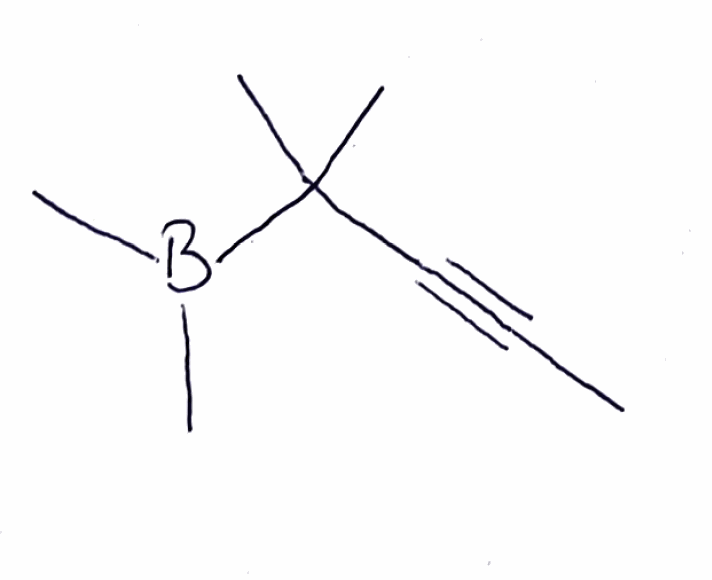
Simplified molecular-input line-entry system (SMILES) notation of the given molecule:
B(C)(C)C(C)(C)C#CC